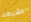
الشراكة